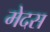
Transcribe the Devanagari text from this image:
मेदस